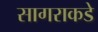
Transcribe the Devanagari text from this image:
सागराकडे